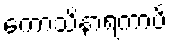
ကောသိနာရကာပိ